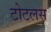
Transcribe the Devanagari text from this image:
टोटलस